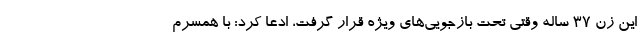
این زن ۳۷ ساله وقتی تحت بازجویی‌های ویژه قرار گرفت، ادعا کرد: با همسرم